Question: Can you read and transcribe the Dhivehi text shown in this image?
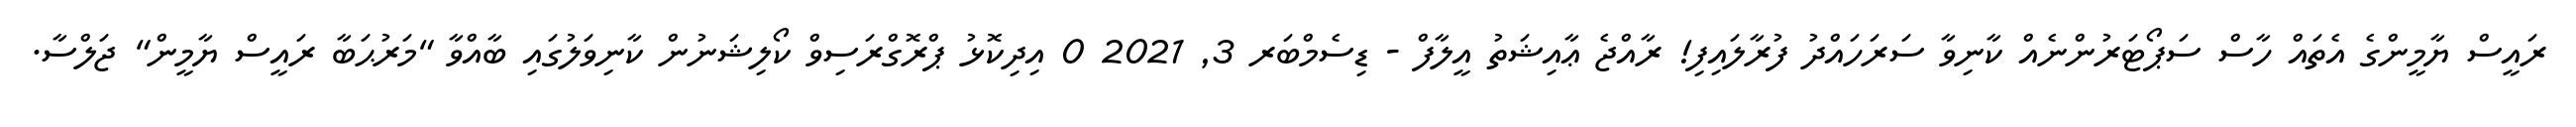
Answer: ރައީސް ޔާމީންގެ އެތައް ހާސް ސަޕޯޓަރުންނެއް ކާނިވާ ސަރަހައްދު ފުރާލައިފި! ރާއްޖެ ޢާއިޝަތު އީލާފް - ޑިސެމްބަރ 3, 2021 0 އިދިކޮޅު ޕްރޮގްރަސިވް ކޯލިޝަނުން ކާނިވަލުގައި ބާއްވާ "މަރުޙަބާ ރައީސް ޔާމީން" ޖަލްސާ.